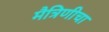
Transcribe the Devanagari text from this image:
मैत्रिणीचा